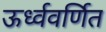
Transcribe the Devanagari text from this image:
ऊर्ध्ववर्णित